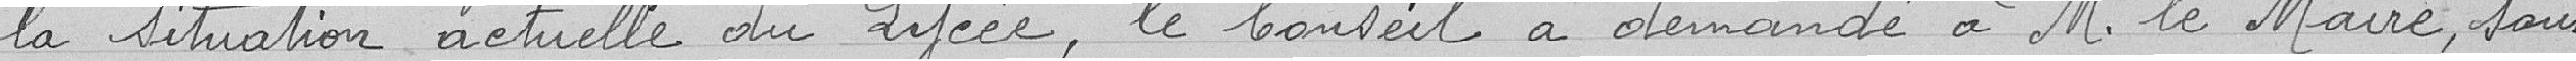
la situation actuelle du Lycée, le Conseil a demandé à M. le Maire sous